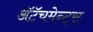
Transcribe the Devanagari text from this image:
अॅटॅचमेन्ट्‌स